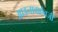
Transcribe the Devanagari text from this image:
आडनावाऐवजी